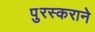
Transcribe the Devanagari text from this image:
पुरस्कराने